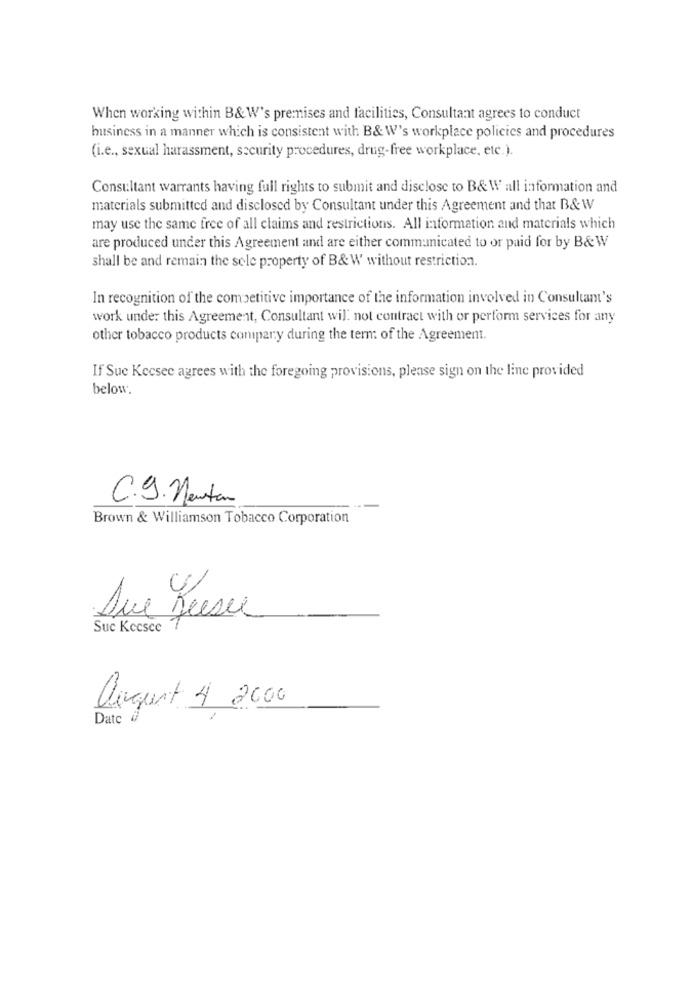
When working within B& W's premises and facilities, Consultant agrees to conduct
business in a manner which is consistent with B& W's workplace policies and procedures
(i.e ., sexual harassment, security procedures, drug-free workplace, etc.).
Consultant warrants having full rights to submit and disclose to B&W all information and
materials submitted and disclosed by Consultant under this Agreement and that B& W
may use the same free of all claims and restrictions. All information and materials which
are produced under this Agreement and are either communicated to or paid for by B&W
shall be and remain the sole property of B&W without restriction.
In recognition of the competitive importance of the information involved in Consultant's
work under this Agreement, Consultant wil: not contract with or perform services for any
other tobacco products company during the term: of the Agreement.
If Sue Kecsee agrees with the foregoing provisions, please sign on the line provided
below:
C.g. Neutan
Brown & Williamson Tobacco Corporation
Due Fuese
Suc Kecsee
august 4 2000
Date a